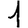
Digit: 1